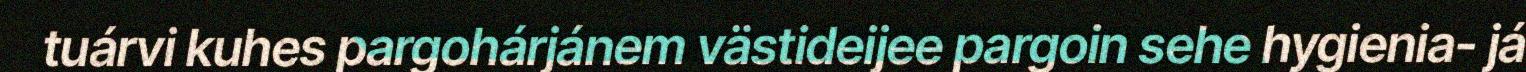
tuárvi kuhes pargohárjánem västideijee pargoin sehe hygienia- já